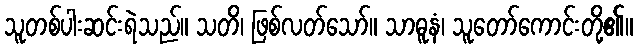
သူတစ်ပါးဆင်းရဲသည်။ သတိ၊ ဖြစ်လတ်သော်။ သာဓူနံ၊ သူတော်ကောင်းတို့၏။